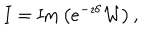
I = \mathrm { I m } \left( e ^ { - \imath \delta } { \cal W } \right) ,